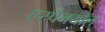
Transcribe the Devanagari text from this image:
एस्पैनयॉल